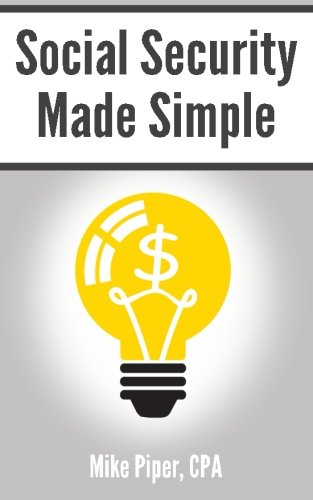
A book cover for Social Security Made Simple: Social Security Retirement Benefits and Related Planning Topics Explained in 100 Pages or Less; Mike Piper; Business & Money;